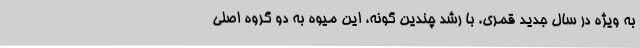
به ویژه در سال جدید قمری. با رشد چندین گونه، این میوه به دو گروه اصلی